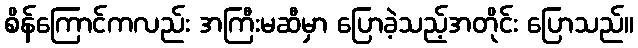
စိန်ကြောင်ကလည်း အကြီးမဆီမှာ ပြောခဲ့သည့်အတိုင်း ပြောသည်။